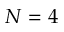
N = 4